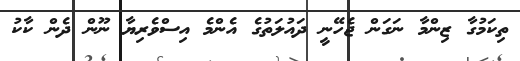
ތިކަމުގާ ޒިންމާ ނަގަން ޖެހޭނީ ދަަަަަަަަައުލަތުގެ އެންމެ އިސްވެރިޔާ ނޫން ދެން ކާކު